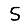
Digit: 5